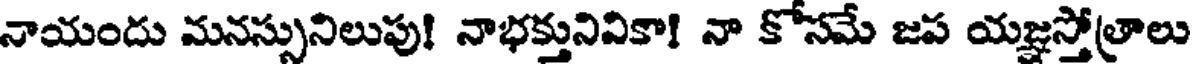
నాయందు మనస్సునిలుపు! నాభక్తునివికా! నా కోసమే జప యజ్ఞస్తోత్రాలు